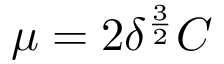
\mu = 2 \delta ^ { \frac { 3 } { 2 } } C